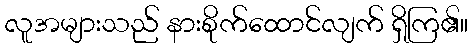
လူအများသည် နားစိုက်ထောင်လျက် ရှိကြ၏။